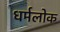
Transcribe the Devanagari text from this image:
धर्मलोक